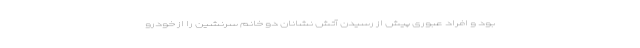
بود و افراد عبوری پیش از رسیدن آتش نشانان دو خانم سرنشین را از خودرو